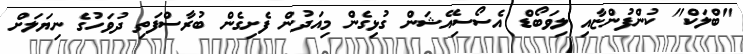
"ބްލަކް" ކުންފުންޏާއި ލިވަބޯޑް އެސޯސިއޭޝަން ގުޅިގެން މިއަދުން ފެށިގެން ބުރާސްފަތި ދުވަހުގެ ނިޔަލަށް